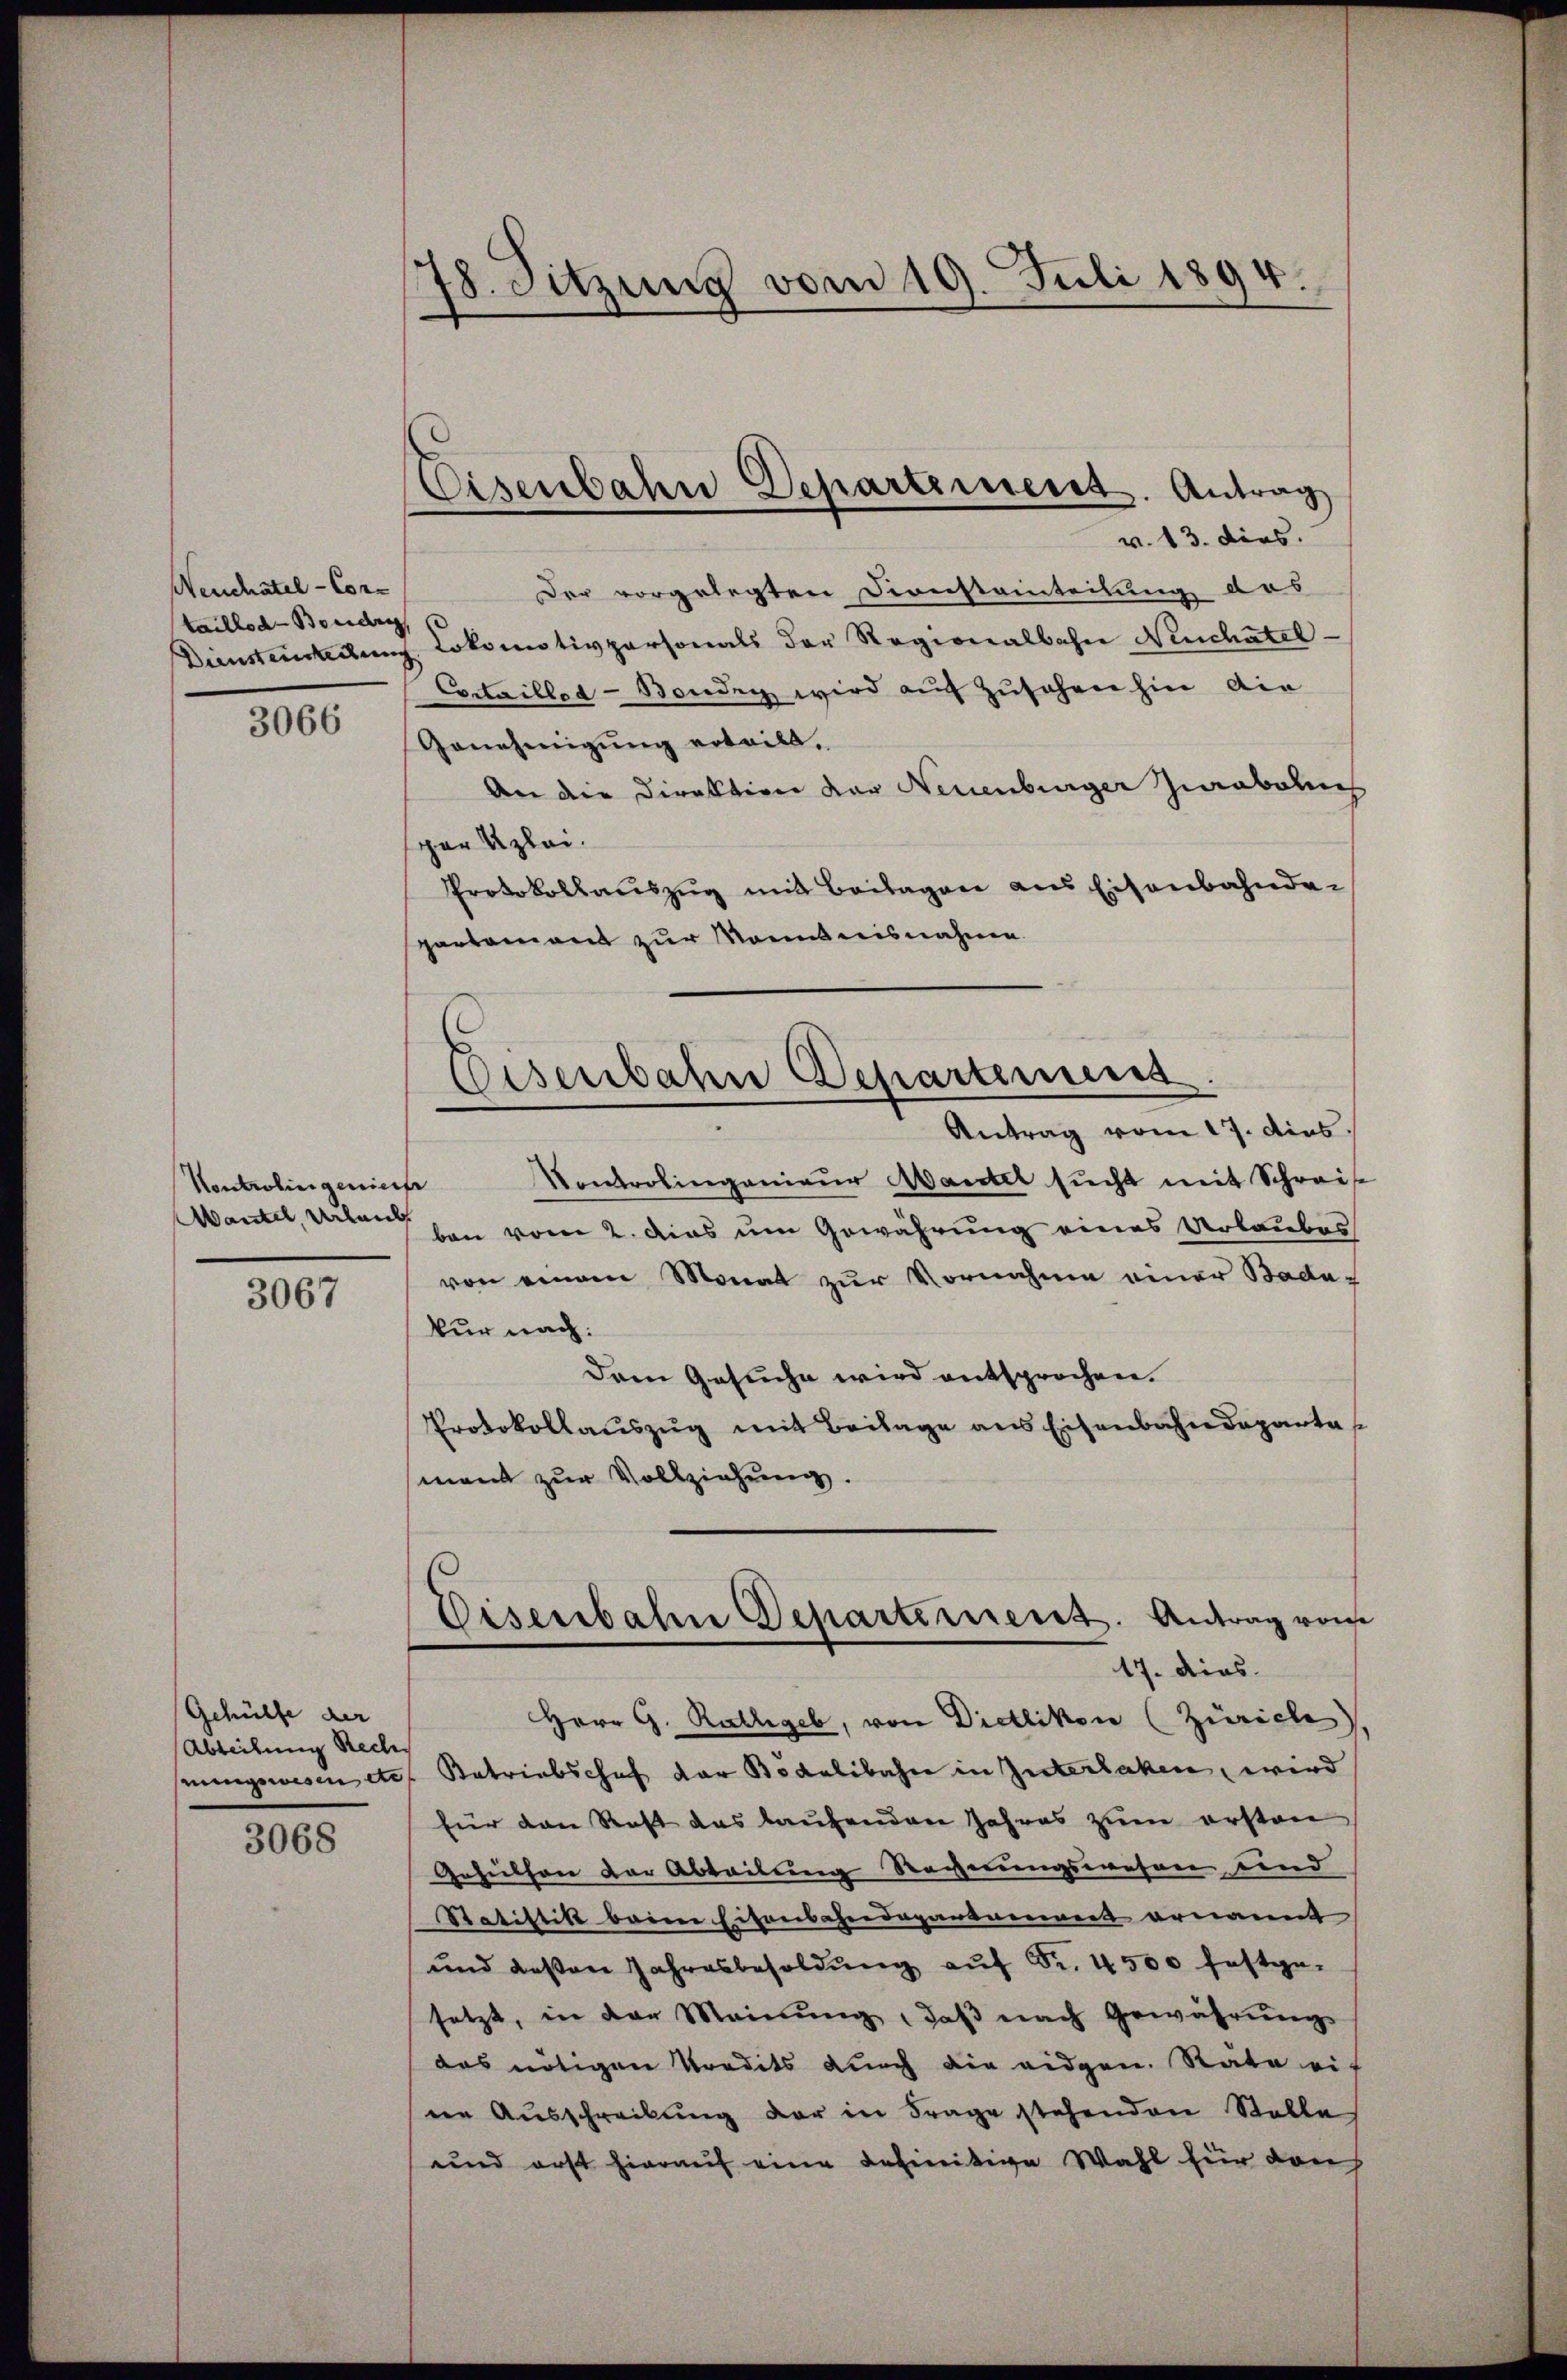
Neuchatel - Cortaillod-Boudry
Dienstensteckung

3066

Kontrolingeniesse
Mantel, Urlaub

3067

Gehülfe der
Abteilung Rech

3068

78. Sitzung vom 19. Juli 1894.

Eisenbahn Departement. Antrag
v. 13. dies.

Der vorgelegten Dienstainteilung des
Lokomotivpersonals der Regionalbahn Neuchatel
Cortailler-Banden wird auf zusehen hin die
Genehmigung erteilt.
An die Direktion der Neuenburger Ziabolis
ger Klei¬
Protokollauszug mit Beilagen aus Eisenbahnder
partement zur Manntnisnahme.
Antrag vom 17. dies
Kontrolingenieur Mantel sucht mit Schreise
ben vom 2. das um Gewährung eines Urlaubes
von einem Monat zur Vornahme einer Bada-
kur nach:
Dem Gesuche wird entsprochen.
Protokollauszug mit Beilage aus Eisenbahndeparta
ment zur Vollziehung.
Eisenbahn Departirnent. Antrag von
17. dies
Herr G. Rathgeb, von Dietlikon (Zürich
nungswesen etc. Betriebschof der Bodelibahn in Interlaken, wird
für den Rest das laŭfenden Jahres zŭm ersten
Gehülfen der Abteilung Reverungswesen und
Statistik beim Eitenscheidepartement ornamt
und deßen Jahresbesoldŭng auf Fr. 4500 festge-
setzt, in der Meinung, daβ nach Gewährŭng
das nötigen Predits durch die eidgen. Räte ei-
ne Ausschreibung der in Frage stehenden Stelle
und erst hierauf eine definitive Wahl für den

Eisenbahn Departemens